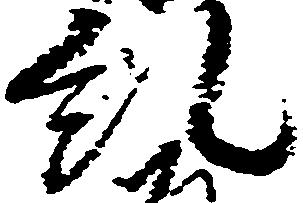
糺